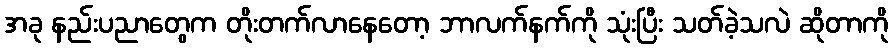
အခု နည်းပညာတွေက တိုးတက်လာနေတော့ ဘာလက်နက်ကို သုံးပြီး သတ်ခဲ့သလဲ ဆိုတာကို